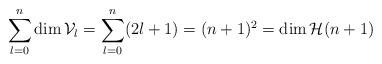
LaTeX: \begin{align*}\sum_{l=0}^{n}\dim\mathcal{V}_{l}=\sum_{l=0}^{n}(2l+1)=(n+1)^{2}=\dim\mathcal{H}(n+1)\end{align*}